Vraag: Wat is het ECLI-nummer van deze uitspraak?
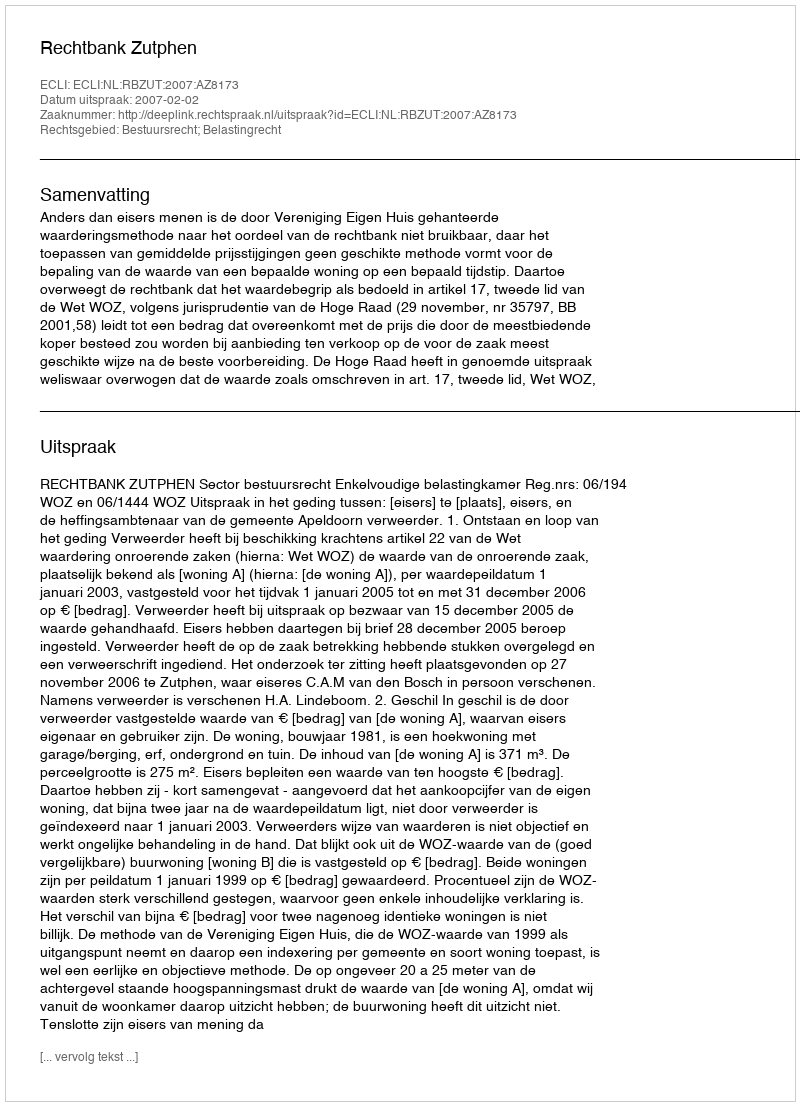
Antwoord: ECLI:NL:RBZUT:2007:AZ8173